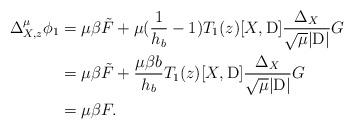
LaTeX: \begin{align*} \Delta_{X,z}^{\mu} \phi_1 & = \mu \beta \tilde{F} + \mu (\frac{1}{h_b}-1)T_1(z)[X,\mathrm{D}]\frac{\Delta_X}{\sqrt{\mu} |\mathrm{D}|} G \\ & = \mu \beta \tilde{F} + \frac{\mu \beta b}{h_b}T_1(z)[X,\mathrm{D}]\frac{\Delta_X}{\sqrt{\mu} |\mathrm{D}|} G \\ & = \mu \beta F. \end{align*}